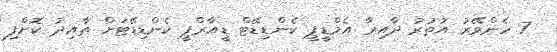
7 ހެންވޭރު އުތުރު ދާއިރާ އެމްޑީޕީ ކެންޑިޑޭޓް ޑީއާރްޕީ ކެންޑިޑޭޓަށް ތާއިދު ކޮށްފި